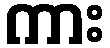
ကား